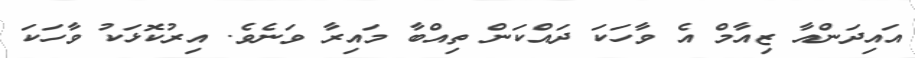
އައިދަންއާ ޒިއާމް އެ ވާހަކަ ދައްކަން ތިއްބާ މައިރާ ވަނެވެ. އިރުކޮޅަކު ވާހަކަ